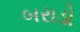
બરાડો